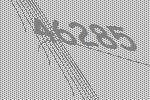
46285